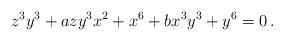
LaTeX: \begin{align*} z^3 y^3 + a z y^3 x^2 + x^6 + b x^3 y^3 + y^6 = 0 \, . \end{align*}